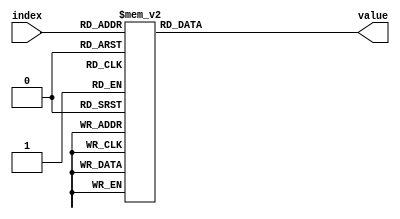
`timescale 1ns/1ps

module sine_lut #(parameter N = 32)
(
    index,
    value
);

function integer f_ceil_log2 (input integer x);
    integer acc;
    begin
        acc=0;
        while ((2**acc) < x)
        acc = acc + 1;
        f_ceil_log2 = acc;
    end
endfunction

localparam MAX_WIDTH = f_ceil_log2(32);
localparam WIDTH = f_ceil_log2(N);
localparam SHIFT_WIDTH = MAX_WIDTH - WIDTH;

input wire [WIDTH-1:0] index;
output reg [7:0] value;
always@(*) begin
    case (index << SHIFT_WIDTH)
        5'd0 : value <= 8'h10 + 8'h40;
        5'd1 : value <= 8'h10 + 8'h4c;
        5'd2 : value <= 8'h10 + 8'h58;
        5'd3 : value <= 8'h10 + 8'h64;
        5'd4 : value <= 8'h10 + 8'h6d;
        5'd5 : value <= 8'h10 + 8'h75;
        5'd6 : value <= 8'h10 + 8'h7b;
        5'd7 : value <= 8'h10 + 8'h7f;
        5'd8 : value <= 8'h10 + 8'h80;
        5'd9 : value <= 8'h10 + 8'h7f;
        5'd10 : value <= 8'h10 + 8'h7b;
        5'd11 : value <= 8'h10 + 8'h75;
        5'd12 : value <= 8'h10 + 8'h6d;
        5'd13 : value <= 8'h10 + 8'h64;
        5'd14 : value <= 8'h10 + 8'h58;
        5'd15 : value <= 8'h10 + 8'h4c;
        5'd16 : value <= 8'h10 + 8'h40;
        5'd17 : value <= 8'h10 + 8'h34;
        5'd18 : value <= 8'h10 + 8'h28;
        5'd19 : value <= 8'h10 + 8'h1c;
        5'd20 : value <= 8'h10 + 8'h13;
        5'd21 : value <= 8'h10 + 8'hb;
        5'd22 : value <= 8'h10 + 8'h5;
        5'd23 : value <= 8'h10 + 8'h1;
        5'd24 : value <= 8'h10 + 8'h0;
        5'd25 : value <= 8'h10 + 8'h1;
        5'd26 : value <= 8'h10 + 8'h5;
        5'd27 : value <= 8'h10 + 8'hb;
        5'd28 : value <= 8'h10 + 8'h13;
        5'd29 : value <= 8'h10 + 8'h1c;
        5'd30 : value <= 8'h10 + 8'h28;
        5'd31 : value <= 8'h10 + 8'h34;
        default: value <= 8'h0;
    endcase
end
endmodule